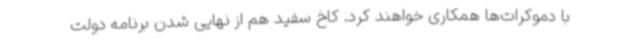
با دموکرات‌ها همکاری خواهند کرد. کاخ سفید هم از نهایی شدن برنامه دولت